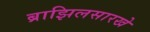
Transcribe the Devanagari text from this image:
ब्राझिलसारखे